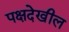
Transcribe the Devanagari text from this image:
पक्षदेखील